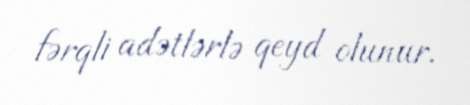
fərqli adətlərlə qeyd olunur.